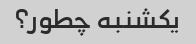
یکشنبه چطور؟